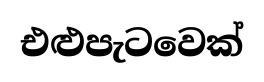
එළුපැටවෙක්